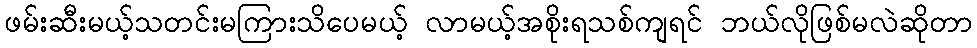
ဖမ်းဆီးမယ့်သတင်းမကြားသိပေမယ့် လာမယ့်အစိုးရသစ်ကျရင် ဘယ်လိုဖြစ်မလဲဆိုတာ